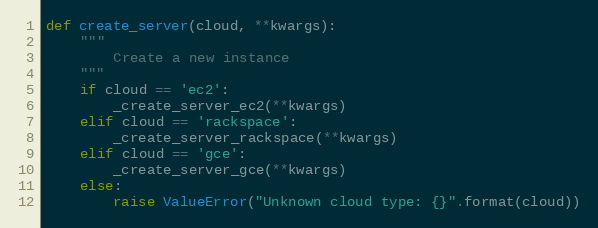
Language: Python
def create_server(cloud, **kwargs):
    """
        Create a new instance
    """
    if cloud == 'ec2':
        _create_server_ec2(**kwargs)
    elif cloud == 'rackspace':
        _create_server_rackspace(**kwargs)
    elif cloud == 'gce':
        _create_server_gce(**kwargs)
    else:
        raise ValueError("Unknown cloud type: {}".format(cloud))